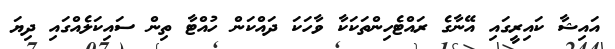
އައިޝާ ކައިރީގައި އޭނާގެ ރައްޓެހިންތަކަކާ ވާހަކަ ދައްކަން ހުއްޓާ ތިން ސައިކަލެއްގައި ދިޔަ